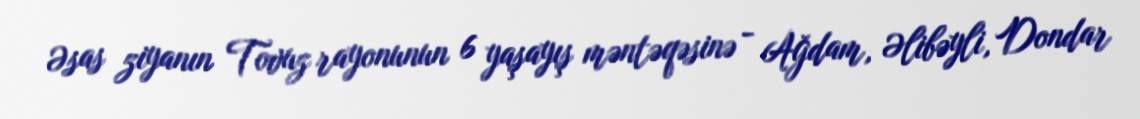
Əsas ziyanın Tovuz rayonunun 6 yaşayış məntəqəsinə - Ağdam, Əlibəyli, Dondar